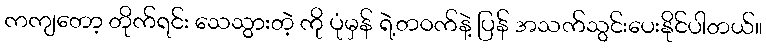
ကကျတော့ တိုက်ရင်း သေသွားတဲ့ ကို ပုံမှန် ရဲ့တဝက်နဲ့ ပြန် အသက်သွင်းပေးနိုင်ပါတယ်။